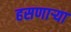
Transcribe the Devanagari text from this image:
हसणाऱ्या